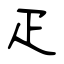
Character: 疋